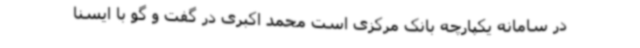
در سامانه یکپارچه بانک مرکزی است محمد اکبری در گفت و گو با ایسنا